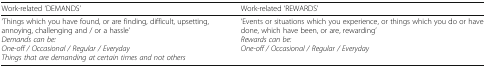
<table><thead><tr><td><b>Work-related ‘DEMANDS’</b></td><td><b>Work-related ‘REWARDS’</b></td></tr></thead><tbody><tr><td>‘Things which you have found, or are finding, difficult, upsetting, annoying, challenging and / or a hassle’<i>Demands can be:</i><i>One-off / Occasional / Regular / Everyday</i><i>Things that are demanding at certain times and not others</i></td><td>‘Events or situations which you experience, or things which you do or have done, which have been, or are, rewarding’<i>Rewards can be:</i><i>One-off / Occasional / Regular / Everyday</i></td></tr></tbody></table>